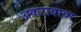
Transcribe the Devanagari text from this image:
अकरावावा